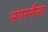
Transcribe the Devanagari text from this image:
सपरमैना